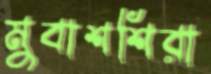
মুবাশশিরা